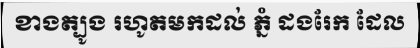
ខាងត្បូង រហូតមកដល់ ភ្នំ ដងរែក ដែល